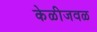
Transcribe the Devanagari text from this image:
केळीजवळ